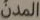
المدن